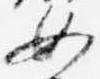
女